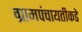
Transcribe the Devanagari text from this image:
ग्रामपंचायतीकडे